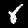
Digit: 8